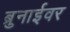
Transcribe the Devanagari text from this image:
ब्रुनाईवर